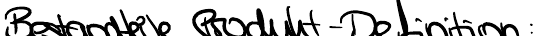
Bestandteile Produkt-Definition: